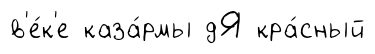
в'е́к'е каза́рмы дЯ кра́сный